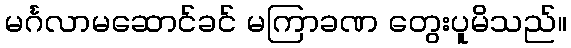
မင်္ဂလာမဆောင်ခင် မကြာခဏ တွေးပူမိသည်။